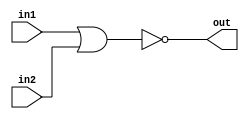
module top_module (
    input  wire in1,
    input  wire in2,
   	output wire out
);
    
    assign out = ~(in1 | in2);

endmodule